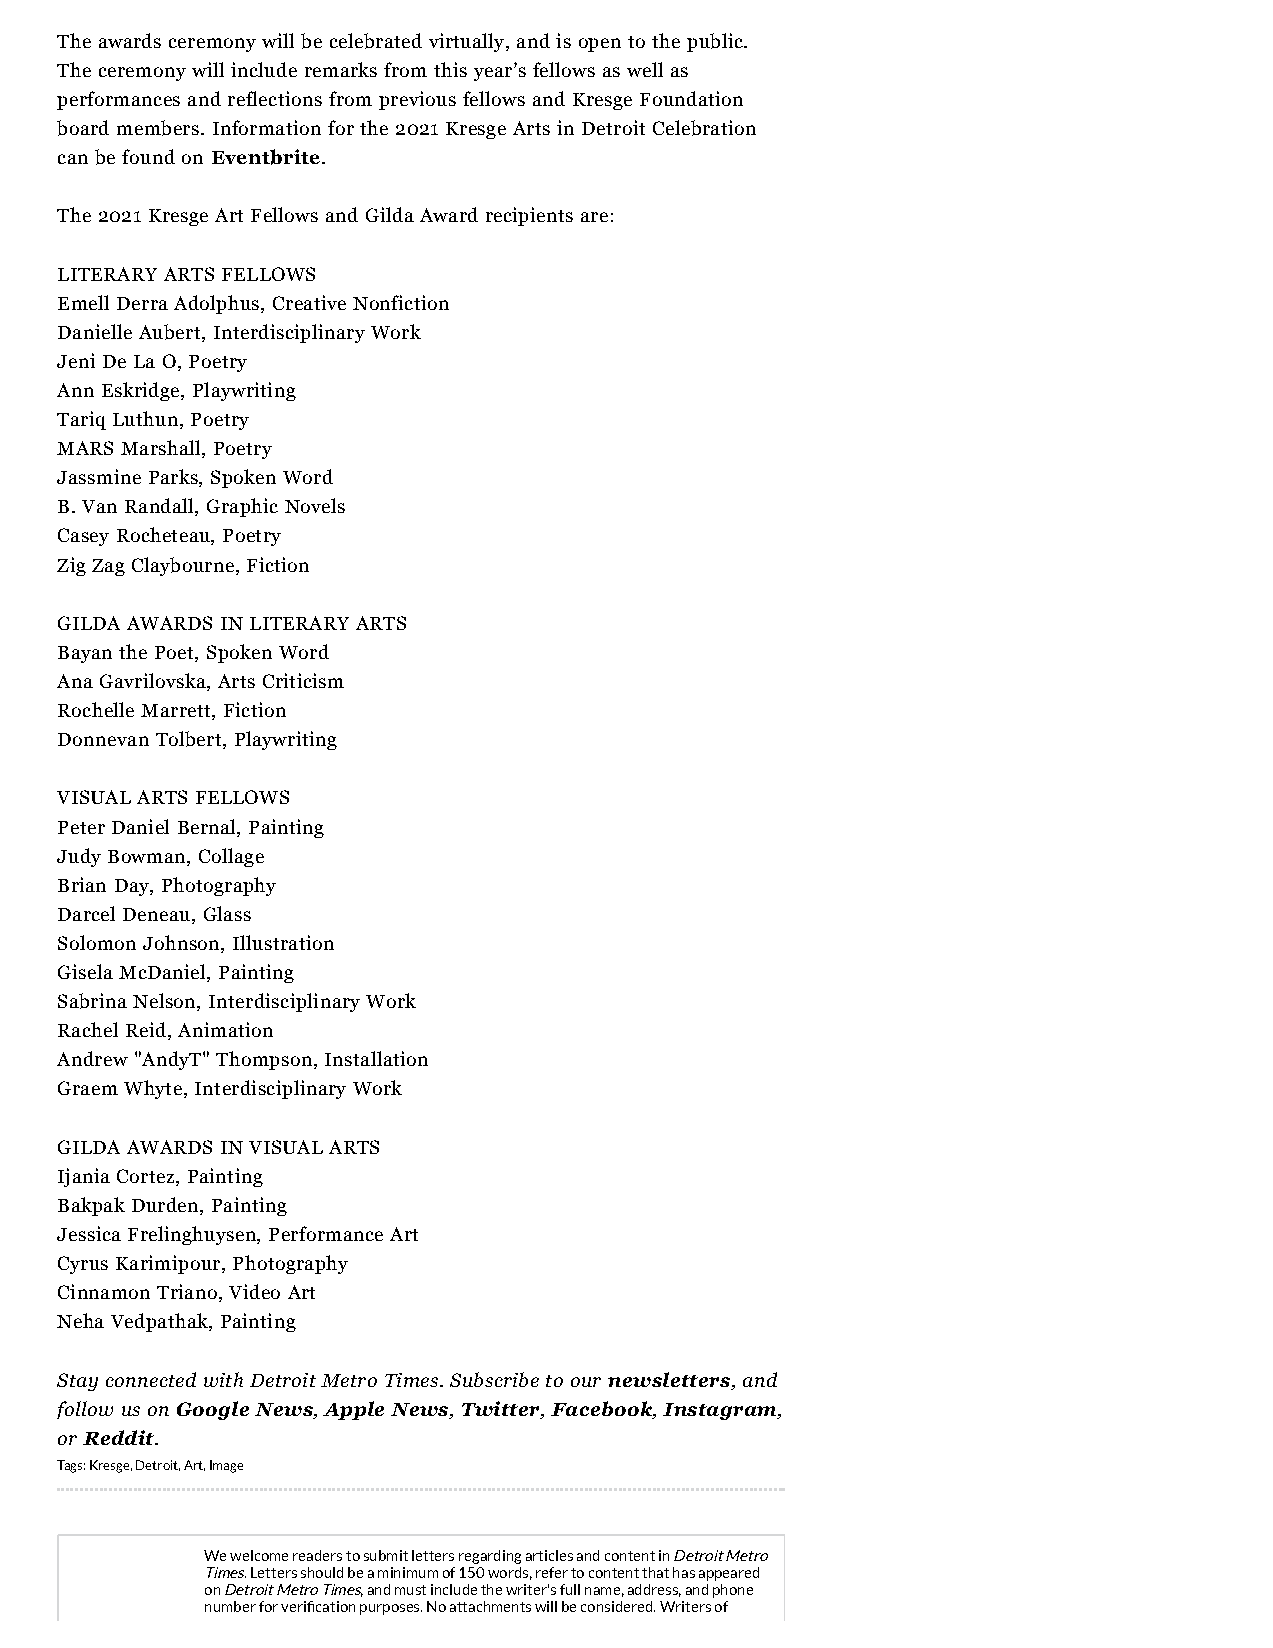
The awards ceremony will be celebrated virtually, and is open to the public.
 The ceremony will include remarks from this year’s fellows as well as
 performances and reflections from previous fellows and Kresge Foundation
 board members. Information for the 2021 Kresge Arts in Detroit Celebration
 can be found on Eventbrite.
 The 2021 Kresge Art Fellows and Gilda Award recipients are:
 LITERARY ARTS FELLOWS
 Emell Derra Adolphus, Creative Nonfiction
 Danielle Aubert, Interdisciplinary Work
 Jeni De La O, Poetry
 Ann Eskridge, Playwriting
 Tariq Luthun, Poetry
 MARS Marshall, Poetry
 Jassmine Parks, Spoken Word
 B. Van Randall, Graphic Novels
 Casey Rocheteau, Poetry
 Zig Zag Claybourne, Fiction
 GILDA AWARDS IN LITERARY ARTS
 Bayan the Poet, Spoken Word
 Ana Gavrilovska, Arts Criticism
 Rochelle Marrett, Fiction
 Donnevan Tolbert, Playwriting
 VISUAL ARTS FELLOWS
 Peter Daniel Bernal, Painting
 Judy Bowman, Collage
 Brian Day, Photography
 Darcel Deneau, Glass
 Solomon Johnson, Illustration
 Gisela McDaniel, Painting
 Sabrina Nelson, Interdisciplinary Work
 Rachel Reid, Animation
 Andrew "AndyT" Thompson, Installation
 Graem Whyte, Interdisciplinary Work
 GILDA AWARDS IN VISUAL ARTS
 Ijania Cortez, Painting
 Bakpak Durden, Painting
 Jessica Frelinghuysen, Performance Art
 Cyrus Karimipour, Photography
 Cinnamon Triano, Video Art
 Neha Vedpathak, Painting
 Stay connected with Detroit Metro Times. Subscribe to our newsletters, and
 follow us on Google News, Apple News, Twitter, Facebook, Instagram,
 or Reddit.
 Tags: Kresge, Detroit, Art, Image
 We welcome readers to submit letters regarding articles and content in Detroit Metro
 Times. Letters should be a minimum of 150 words, refer to content that has appeared
 on Detroit Metro Times, and must include the writer's full name, address, and phone
 number for verification purposes. No attachments will be considered. Writers of